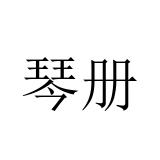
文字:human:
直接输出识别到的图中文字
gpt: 琴册